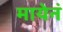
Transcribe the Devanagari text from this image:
मायेनं